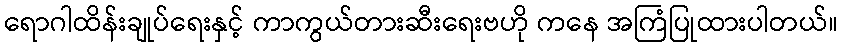
ရောဂါထိန်းချုပ်ရေးနှင့် ကာကွယ်တားဆီးရေးဗဟို ကနေ အကြံပြုထားပါတယ်။